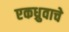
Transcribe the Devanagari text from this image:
एकध्रुवाचे